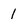
Character: 1